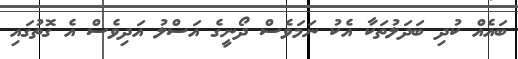
ބައެއް ކުދި ބަދަލުތަކާ އެކު ނަމަވެސް ދޯނީގެ އަސްލު އަދިވެސް އެ ގޮތުގައި